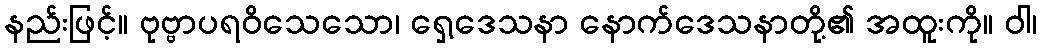
နည်းဖြင့်။ ဗုဗ္ဗာပရဝိသေသော၊ ရှေ့ဒေသနာ နောက်ဒေသနာတို့၏ အထူးကို။ ဝါ၊